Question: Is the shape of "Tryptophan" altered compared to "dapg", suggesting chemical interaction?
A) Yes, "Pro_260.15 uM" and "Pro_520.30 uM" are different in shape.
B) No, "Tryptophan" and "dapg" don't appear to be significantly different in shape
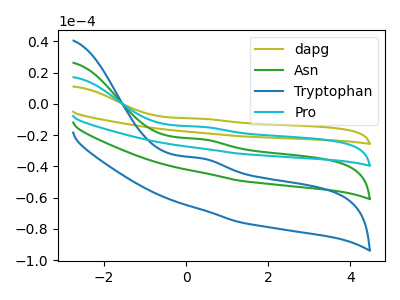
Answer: <think>The olive curve "dapg" has an anodic peak at: (0.35V, -67.80uA). The green curve "Asn" has an anodic peak at: (0.35V, -22.60uA). The blue curve "Tryptophan" has an anodic peak at: (0.35V, -34.80uA). The cyan curve "Pro" has an anodic peak at: (0.35V, -45.20uA).
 All the peaks in "Tryptophan" have a peak in "dapg" at the same potential. Every peak in "Tryptophan" is higher than every peak in "dapg".</think>
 <answer>B) No, "Tryptophan" and "dapg" don't appear to be significantly different in shape</answer>
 <eval>B</eval>